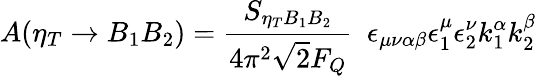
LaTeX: A(\eta_{T}\rightarrow B_{1}B_{2})=\frac{S_{\eta_{T}B_{1}B_{2}}}{4\pi^{2}\sqrt{2}F_{Q}}\ \ \epsilon_{\mu\nu\alpha\beta}\epsilon_{1}^{\mu}\epsilon_{2}^{\nu}k_{1}^{\alpha}k_{2}^{\beta}